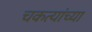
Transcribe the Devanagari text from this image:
चकत्यांच्या